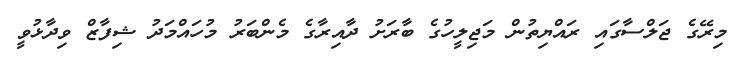
މިރޭގެ ޖަލްސާގައި ރައްޔިތުން މަޖިލީހުގެ ބާރަށު ދާއިރާގެ މެންބަރު މުހައްމަދު ޝިފާޒް ވިދާޅުވީ